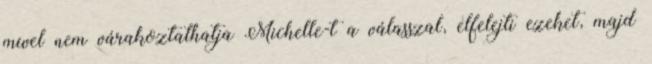
mivel nem várakoztathatja Michelle-t a válasszal, elfelejti ezeket, majd